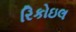
રિકોઇલ